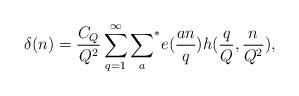
LaTeX: \begin{align*}\delta(n)=\frac{C_{Q}}{Q^{2}}\sum_{q=1}^{\infty} {\sum_{a}}^*e(\frac{an}{q})h(\frac{q}{Q},\frac{n}{Q^2}),\end{align*}